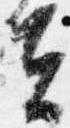
去